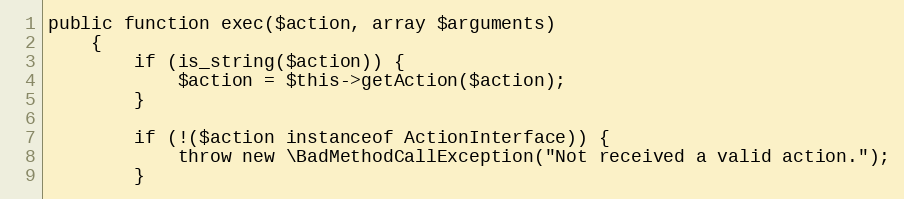
Language: PHP
public function exec($action, array $arguments)
    {
        if (is_string($action)) {
            $action = $this->getAction($action);
        }

        if (!($action instanceof ActionInterface)) {
            throw new \BadMethodCallException("Not received a valid action.");
        }